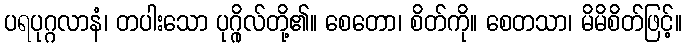
ပရပုဂ္ဂလာနံ၊ တပါးသော ပုဂ္ဂိုလ်တို့၏။ စေတော၊ စိတ်ကို။ စေတသာ၊ မိမိစိတ်ဖြင့်။